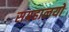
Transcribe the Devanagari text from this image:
सग्रहालयों